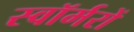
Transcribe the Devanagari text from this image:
स्वॉर्मरों